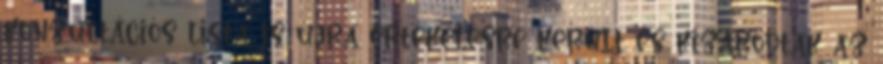
konzultációs lista is újra értékelésre került és kizáródtak az